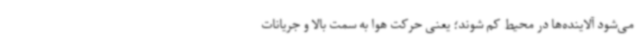
می‌شود آلاینده‌ها در محیط کم شوند؛ یعنی حرکت هوا به سمت بالا و جریانات